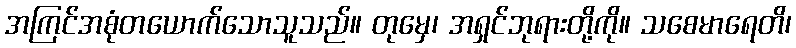
အကြင်အစုံတယောက်သောသူသည်။ တုမှေ၊ အရှင်ဘုရားတို့ကို။ သစေမာရေတိ၊